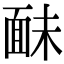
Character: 𩈐